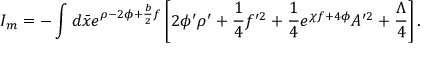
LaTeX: I _ { m } = - \int d \bar { x } e ^ { \rho - 2 \phi + \frac { b } { 2 } f } \left[ 2 \phi ^ { \prime } \rho ^ { \prime } + \frac { 1 } { 4 } f ^ { \prime 2 } + \frac { 1 } { 4 } e ^ { \chi f + 4 \phi } A ^ { \prime 2 } + \frac { \Lambda } { 4 } \right] .